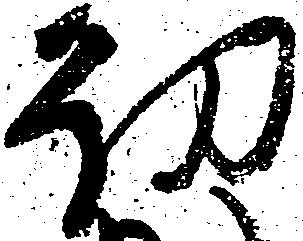
幼